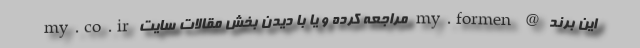
این برند @ my.formen مراجعه کرده و یا با دیدن بخش مقالات سایت my.co.ir